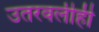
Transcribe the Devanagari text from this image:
उतरवलीही